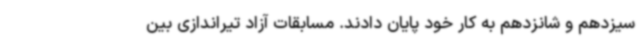
سیزدهم و شانزدهم به کار خود پایان دادند. مسابقات آزاد تیراندازی بین